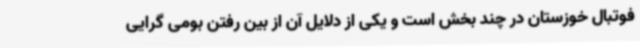
فوتبال خوزستان در چند بخش است و یکی از دلایل آن از بین رفتن بومی گرایی